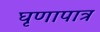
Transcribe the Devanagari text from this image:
घृणापात्र